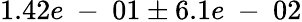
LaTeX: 1.42e\mathrm{~-~}01\pm 6.1e\mathrm{~-~}02